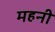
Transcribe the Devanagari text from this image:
महनी